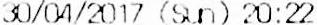
30/04/2017 (SUN) 20:22